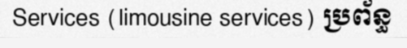
Services (limousine services) ប្រព័ន្ធ